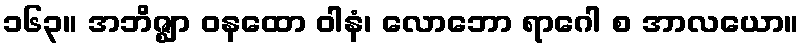
၁၆၃။ အဘိဇ္ဈာ ဝနထော ဝါနံ၊ လောဘော ရာဂေါ စ အာလယော။